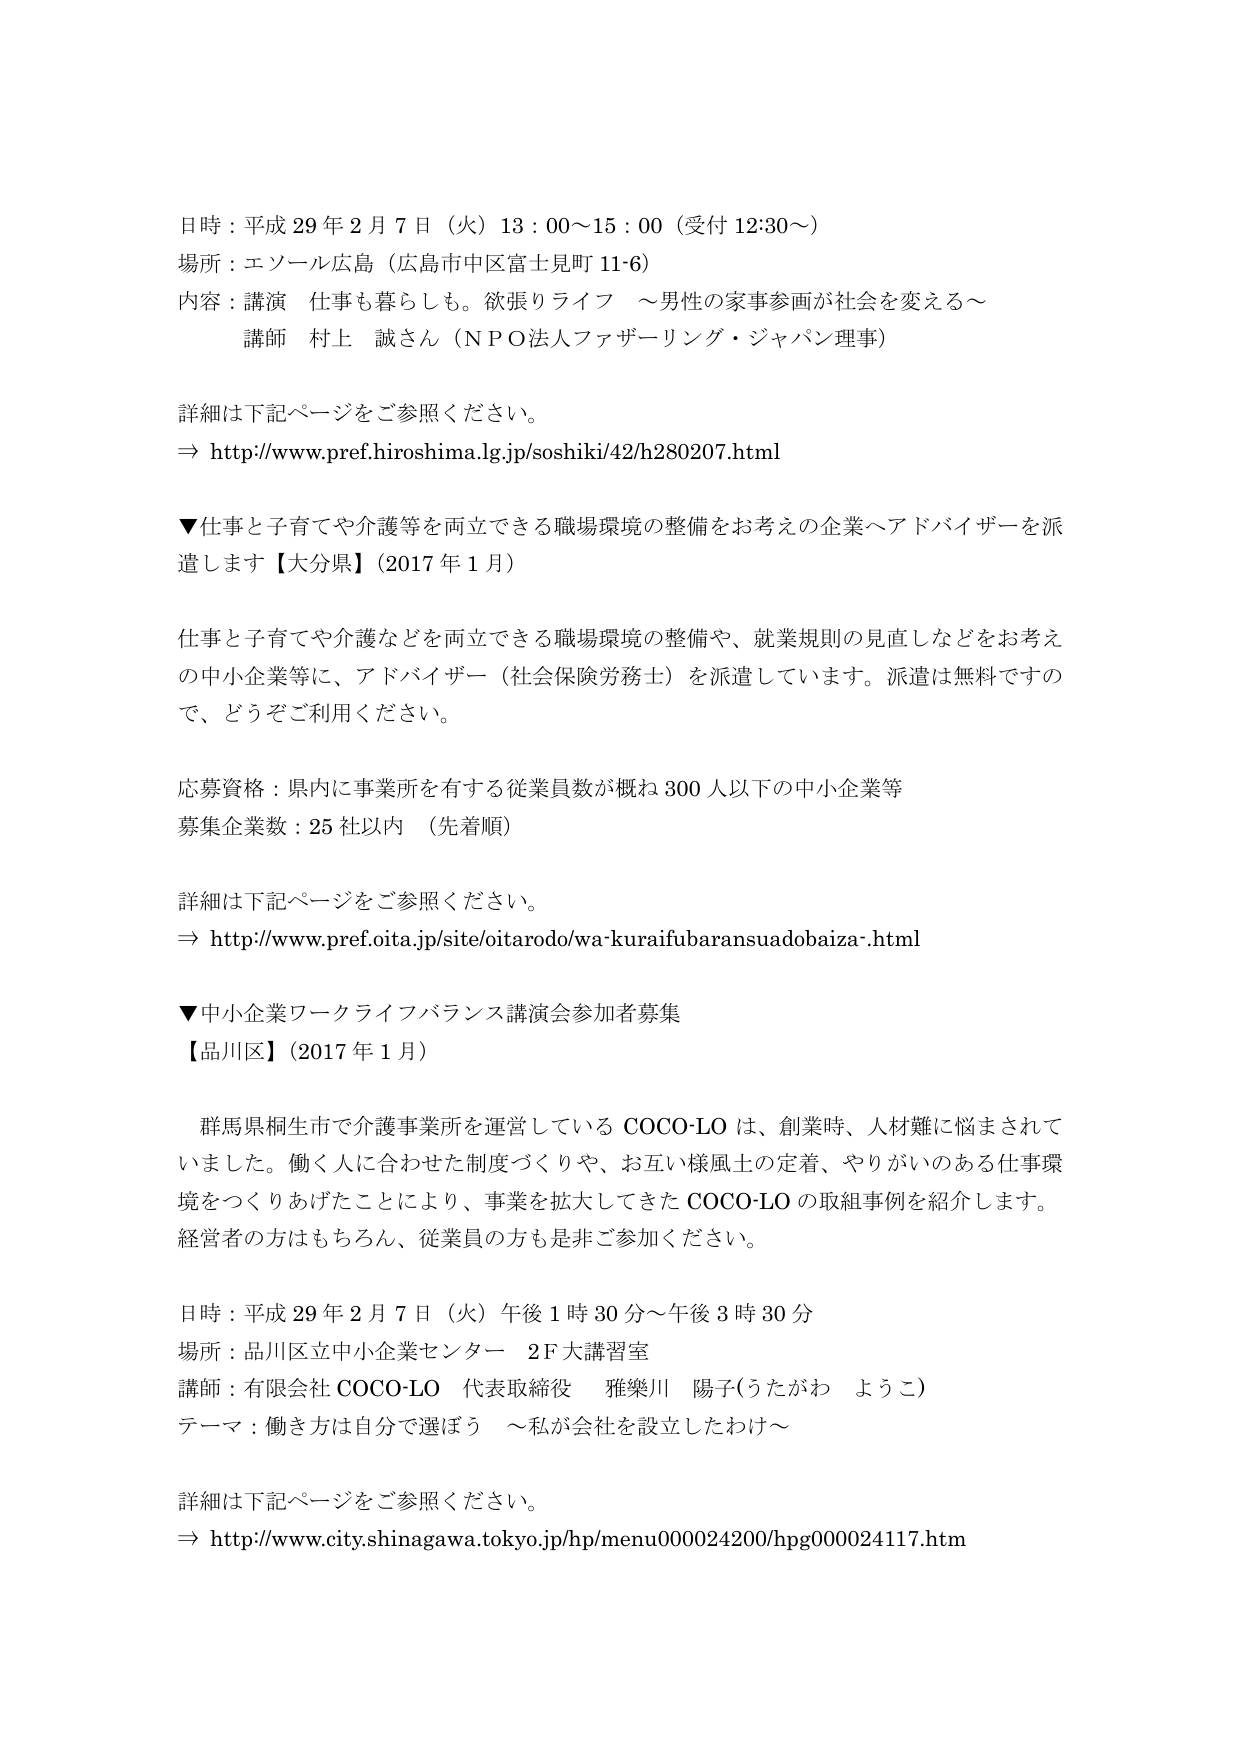
日時：平成29年2月7日（火）13：00～15：00（受付12:30～）
場所：エソール広島（広島市中区富士見町11-6）
内容：講演 仕事も暮らしも。欲張りライフ ～男性の家事参画が社会を変える～
講師 村上 誠さん（ＮＰＯ法人ファザーリング・ジャパン理事）

詳細は下記ページをご参照ください。
⇒ http://www.pref.hiroshima.lg.jp/soshiki/42/h280207.html

▼仕事と子育てや介護等を両立できる職場環境の整備をお考えの企業へアドバイザーを派遣します【大分県】（2017年1月）

仕事と子育てや介護などを両立できる職場環境の整備や、就業規則の見直しなどをお考えの中小企業等に、アドバイザー（社会保険労務士）を派遣しています。派遣は無料ですので、どうぞご利用ください。

応募資格：県内に事業所を有する従業員数が概ね300人以下の中小企業等
募集企業数：25社以内 （先着順）

詳細は下記ページをご参照ください。
⇒ http://www.pref.oita.jp/site/oitarodo/wa-kuraifubaransuadobaiza.html

▼中小企業ワークライフバランス講演会参加者募集
【品川区】（2017年1月）

群馬県桐生市で介護事業所を運営しているCOCO-LOは、創業時、人材難に悩まされていました。働く人に合わせた制度づくりや、お互い様風土の定着、やりがいのある仕事環境をつくりあげることにより、事業を拡大してきたCOCO-LOの取組事例を紹介します。経営者の方はもちろん、従業員の方も是非ご参加ください。

日時：平成29年2月7日（火）午後1時30分～午後3時30分
場所：品川区立中小企業センター 2F大講習室
講師：有限会社COCO-LO 代表取締役 雅楽川 陽子（うたがわ ようこ）
テーマ：働き方は自分で選ぼう ～私が会社を設立したわけ～

詳細は下記ページをご参照ください。
⇒ http://www.city.shinagawa.tokyo.jp/hp/menu000024200/hpg000024117.htm